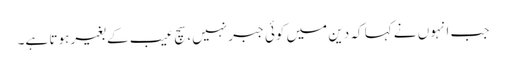
جب انہوں نے کہا کہ دین میں کوئی جبر نہیں، سچ عیب کے بغیر ہوتا ہے۔